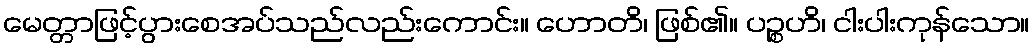
မေတ္တာဖြင့်ပွားစေအပ်သည်လည်းကောင်း။ ဟောတိ၊ ဖြစ်၏။ ပဉ္စဟိ၊ ငါးပါးကုန်သော။